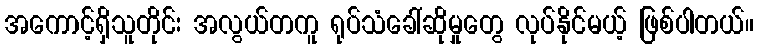
အကောင့်ရှိသူတိုင်း အလွယ်တကူ ရုပ်သံခေါ်ဆိုမှုတွေ လုပ်နိုင်မယ့် ဖြစ်ပါတယ်။